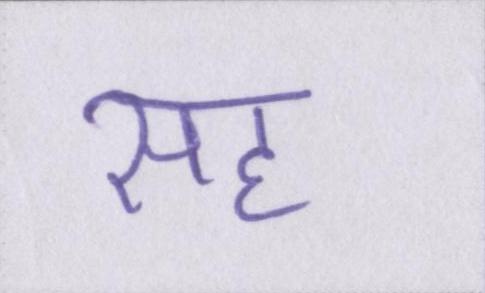
सह